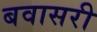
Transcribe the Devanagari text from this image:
बवासरी